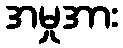
အမှုအား